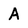
Character: A